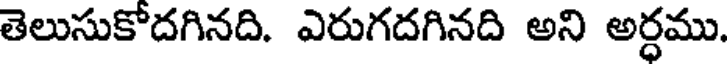
తెలుసుకోదగినది. ఎరుగదగినది అని అర్ధము.